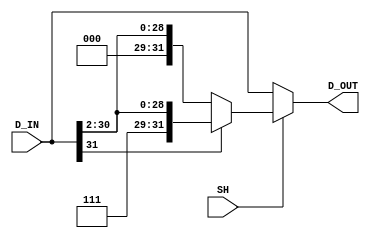
`timescale 1 ns/1 ns

module Shr_2(SH, D_IN, D_OUT);

	input SH;
	input  [31:0] D_IN;
	output [31:0] D_OUT;
	reg    [31:0] D_OUT;

	// CombLogic
	always @(SH, D_IN) begin
		if(SH == 1'b1) begin
			if(D_IN[31] == 1'b1)
				D_OUT <= {2'b11, D_IN[31:2]};
			else
				D_OUT <= {2'b00, D_IN[31:2]};
		end
		else
			D_OUT <= D_IN;
	end
endmodule